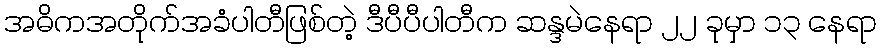
အဓိကအတိုက်အခံပါတီဖြစ်တဲ့ ဒီပီပီပါတီက ဆန္ဒမဲနေရာ ၂၂ ခုမှာ ၁၃ နေရာ